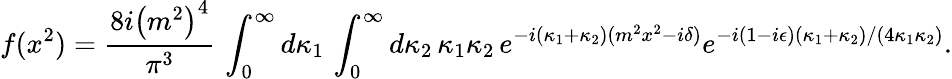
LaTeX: f(x^{2})={\frac{8i\left(m^{2}\right)^{4}}{\pi^{3}}}\, \int_{0}^{\infty}d\kappa_{1}\, \int_{0}^{\infty}d\kappa_{2}\, \kappa_{1}\kappa_{2}\, e^{-i(\kappa_{1}+\kappa_{2})(m^{2}x^{2}-i\delta)}e^{-i(1-i\epsilon)(\kappa_{1}+\kappa_{2})/(4\kappa_{1}\kappa_{2})}.